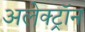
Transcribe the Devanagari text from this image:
अलेक्ट्रॉन